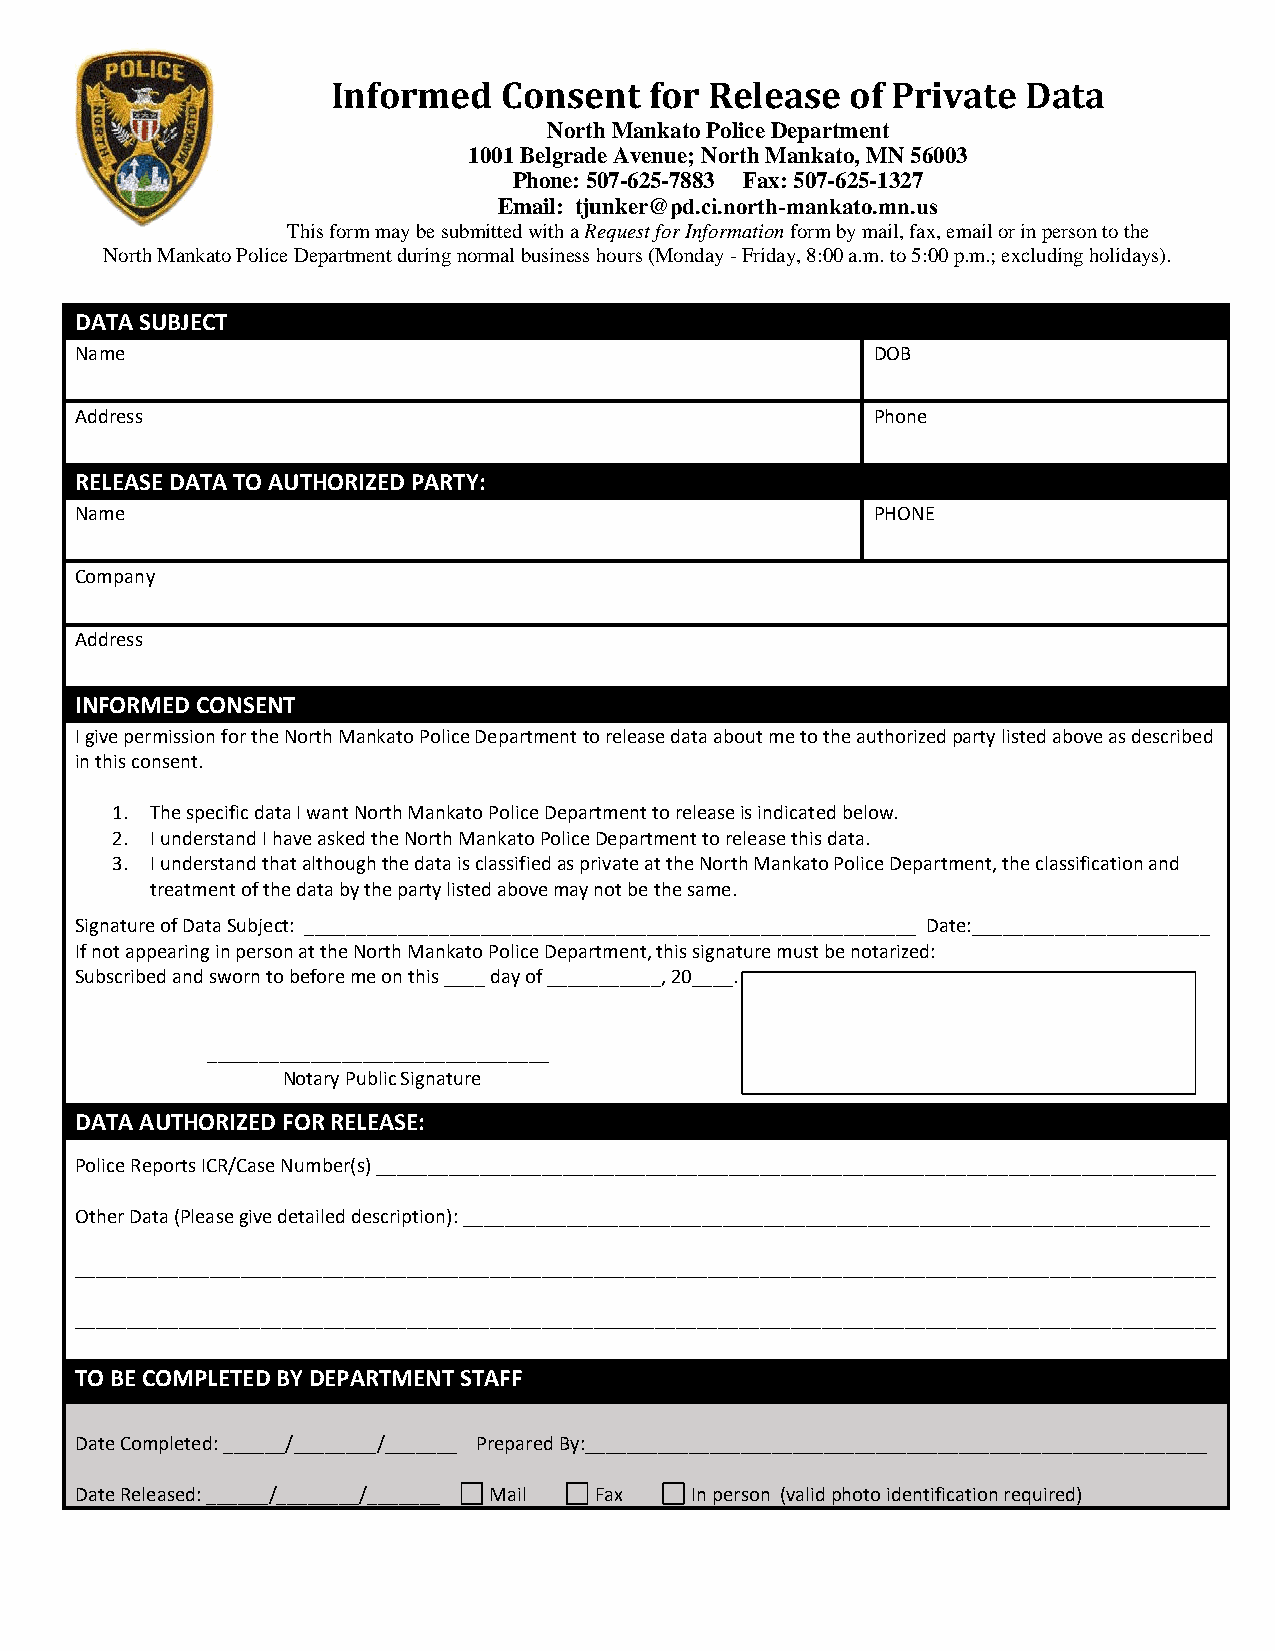
Informed   Consent   for Release  of Private  Data
 North Mankato Police Department
 1001 Belgrade Avenue; North Mankato, MN 56003
 Phone: 507-625-7883 Fax: 507-625-1327
 Email: tjunker@pd.ci.north-mankato.mn.us
 This form may be submitted with a Request for Information form by mail, fax, email or in person to the
 North Mankato Police Department during normal business hours (Monday - Friday, 8:00 a.m. to 5:00 p.m.; excluding holidays).
 DATA SUBJECT
 Name                                                 DOB
 Address                                              Phone
 RELEASE DATA TO AUTHORIZED PARTY:
 Name                                                 PHONE
 Company
 Address
 INFORMED CONSENT
 I give permission for the North Mankato Police Department to release data about me to the authorized party listed above as described
 in this consent.
 1. The specific data I want North Mankato Police Department to release is indicated below.
 2. I understand I have asked the North Mankato Police Department to release this data.
 3. I understand that although the data is classified as private at the North Mankato Police Department, the classification and
 treatment of the data by the party listed above may not be the same.
 Signature of Data Subject: ___________________________________________________________ Date:_______________________
 If not appearing in person at the North Mankato Police Department, this signature must be notarized:
 Subscribed and sworn to before me on this ____ day of ___________, 20____.
 _________________________________
 Notary Public Signature
 DATA AUTHORIZED FOR RELEASE:
 Police Reports ICR/Case Number(s) _________________________________________________________________________________
 Other Data (Please give detailed description): ________________________________________________________________________
 ______________________________________________________________________________________________________________
 ______________________________________________________________________________________________________________
 TO BE COMPLETED BY DEPARTMENT STAFF
 Date Completed: ______/________/_______ Prepared By:____________________________________________________________
 Date Released: ______/________/_______ Mail Fax In person (valid photo identification required)